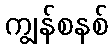
ကျွန်စနစ်